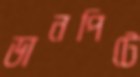
ডানপিটে